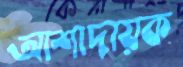
আশাদায়ক